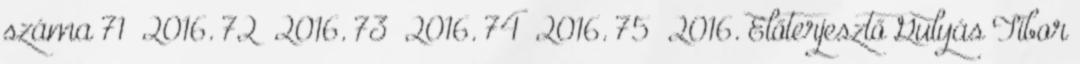
száma 71 2016. 72 2016. 73 2016. 74 2016. 75 2016. Előterjesztő Gulyás Tibor